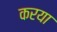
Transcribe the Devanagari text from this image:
करया